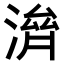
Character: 𣺴